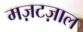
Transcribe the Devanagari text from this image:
मज़टज़ाल